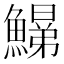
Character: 𩻋